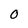
Character: 0